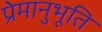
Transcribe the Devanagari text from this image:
प्रेमानुभूति